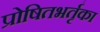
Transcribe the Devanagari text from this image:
प्रोषितभर्तृका